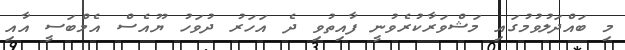
މި ބައްދަލުވުމުގައި މަޝްވަރާކުރެވުނީ ފާއިތުވި ދެ އަހަރު ދުވަހު ޔޫއެސް އެމްބަސީ އާއި